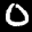
Label: 0